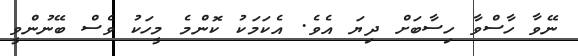
ނޭވާ ހާސްވާ ހިސާބަށް ދިޔަ އެވެ. އެކަމަކު ކޮންމެ މީހަކު ވެސް ބޭނުންވީ